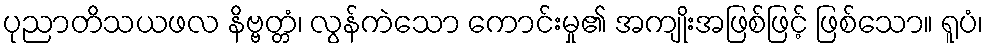
ပုညာတိသယဖလ နိဗ္ဗတ္တံ၊ လွန်ကဲသော ကောင်းမှု၏ အကျိုးအဖြစ်ဖြင့် ဖြစ်သော။ ရူပံ၊